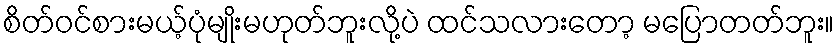
စိတ်ဝင်စားမယ့်ပုံမျိုးမဟုတ်ဘူးလို့ပဲ ထင်သလားတော့ မပြောတတ်ဘူး။